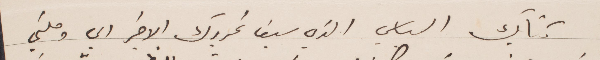
كتابك السياسي الذي سبق تحريرك الأخير الي وصلني